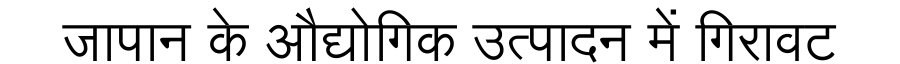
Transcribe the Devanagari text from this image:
जापान के औद्योगिक उत्पादन में गिरावट